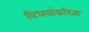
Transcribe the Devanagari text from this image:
विधवांकरिता